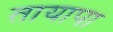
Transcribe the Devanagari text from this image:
तायापा